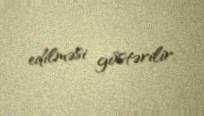
edilməsi göstərilir.